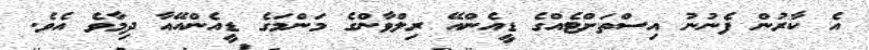
އެ ކާރުން ފެނުނު އިސްތަށްޓެއްގެ ޑީއެންއޭ ރިލްވާންގެ މަންމަގެ ޑީއެންއޭއާ ދިމާވެ އެވެ.